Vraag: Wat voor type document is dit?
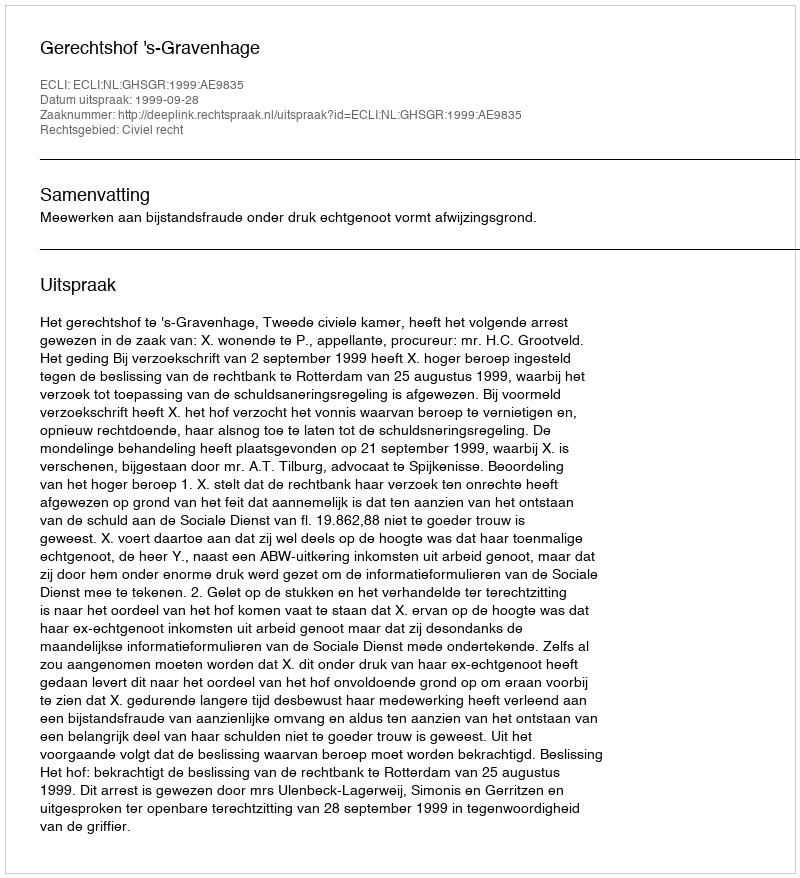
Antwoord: Uitspraak